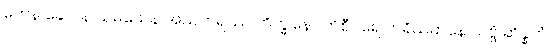
တေန ခေါ ပန သမယေန အညတရဿ ဘိက္ခုနော တိစီဝရေ ကရိယမာနေ သဗ္ဗံ ဆိန္နကံ